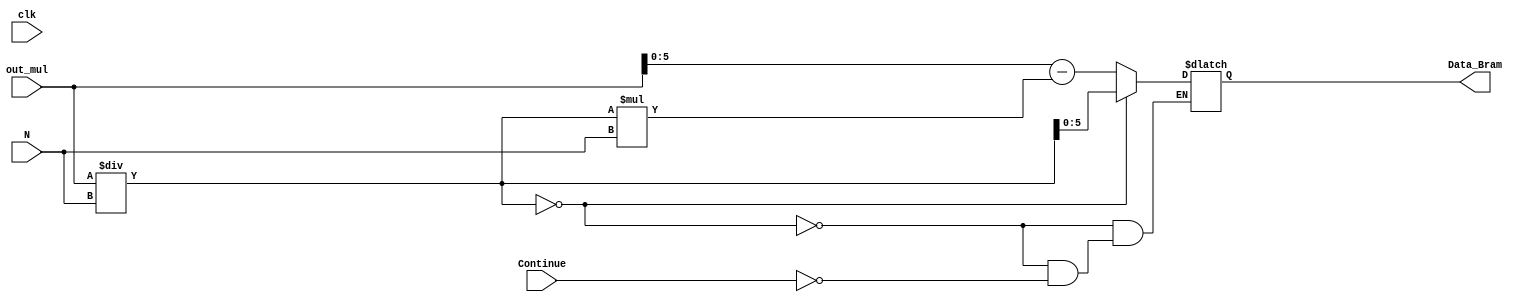
module BRAM #(
    parameter WIDTH = 6
)(
    input clk,
    input Continue,
    input [WIDTH-1:0] N,
    input [(2*WIDTH)-1:0] out_mul,
    output reg [WIDTH-1:0] Data_Bram
);

   // reg [WIDTH-1:0] BRAM [(2**WIDTH)-1:0] ;
    reg [(2*WIDTH)-1:0] rem ; 

    //integer i ;
    /*initial begin
        for( i =0 ; i < 64 ; i = i+1) begin
          BRAM[i] = i;
        end
    end*/
    always @(*) begin
        rem = out_mul / N;
    end
    always @(*) begin
        if(!rem) begin
          Data_Bram = rem; 
        end 
        else if(Continue) begin
          Data_Bram = out_mul-(rem*N);
        end
    end
endmodule